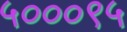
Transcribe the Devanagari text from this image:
५०००९५